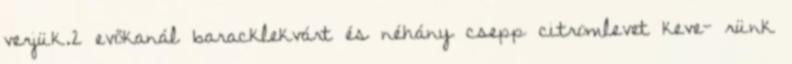
verjük.2 evőkanál baracklekvárt és néhány csepp citromlevet keve- rünk